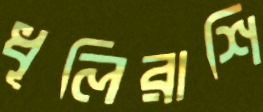
ধূলিরাশি